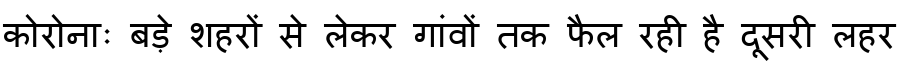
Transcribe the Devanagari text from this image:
कोरोनाः बड़े शहरों से लेकर गांवों तक फैल रही है दूसरी लहर